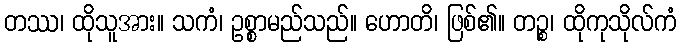
တဿ၊ ထိုသူအား။ သကံ၊ ဥစ္စာမည်သည်။ ဟောတိ၊ ဖြစ်၏။ တဉ္စ၊ ထိုကုသိုလ်ကံ